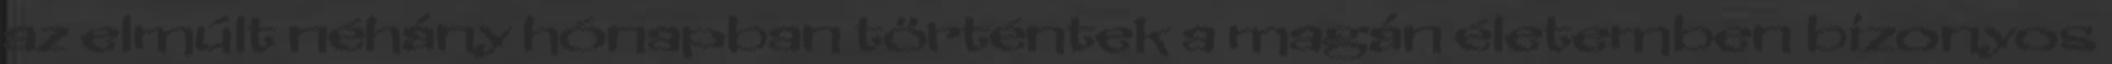
az elmúlt néhány hónapban történtek a magán életemben bizonyos